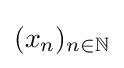
(x_{n})_{n\in \mathbb {N} }